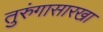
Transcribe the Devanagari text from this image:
तुरुंगासारखा